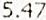
5.47